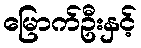
မြောက်ဦးနှင့်